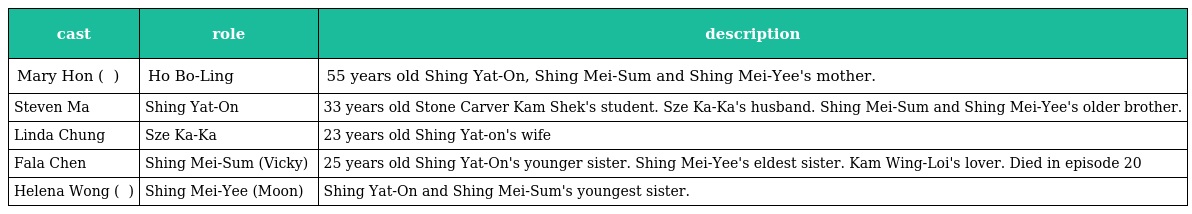
| cast | role | description |
 | --- | --- | --- |
 | Mary Hon ( 韓馬利 ) | Ho Bo-Ling 何寶玲 | 55 years old Shing Yat-On, Shing Mei-Sum and Shing Mei-Yee's mother. |
 | Steven Ma | Shing Yat-On 成日安 | 33 years old Stone Carver Kam Shek's student. Sze Ka-Ka's husband. Shing Mei-Sum and Shing Mei-Yee's older brother. |
 | Linda Chung | Sze Ka-Ka 施嘉嘉 | 23 years old Shing Yat-on's wife |
 | Fala Chen | Shing Mei-Sum (Vicky) 成美心 | 25 years old Shing Yat-On's younger sister. Shing Mei-Yee's eldest sister. Kam Wing-Loi's lover. Died in episode 20 |
 | Helena Wong ( 黃卓慧 ) | Shing Mei-Yee (Moon) 成美意 | Shing Yat-On and Shing Mei-Sum's youngest sister. |